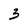
Character: 3